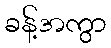
ခန့်အကွာ